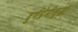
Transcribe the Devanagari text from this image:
दुर्गप्रेमीसुद्धा